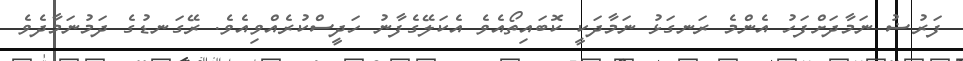
ފަރުޟު ނަމާދަށްފަހު އެންމެ ރަނގަޅު ނަމާދަކީ ކޮބައިތޯއެވެ އެކަލޭގެފާނު ހަދީސްކުރެއްވިއެވެ. ރޭގަނޑުގެ ދަމުނަމާދެވެ